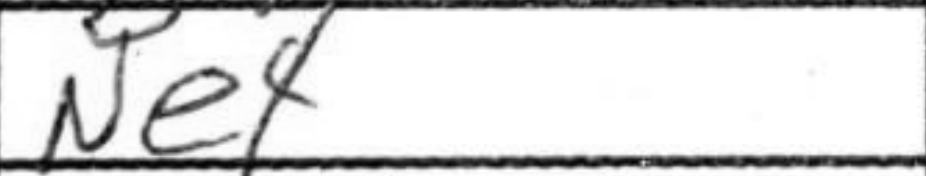
Transcription: Ne4